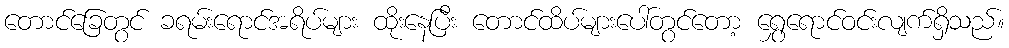
တောင်ခြေတွင် ခရမ်းရောင်အရိပ်များ ထိုးနေပြီး တောင်ထိပ်များပေါ်တွင်တော့ ရွှေရောင်ဝင်းလျက်ရှိသည်။